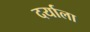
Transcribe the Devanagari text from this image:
दर्याला